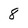
Character: 8